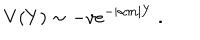
V ( Y ) \sim - v e ^ { - | \alpha m | Y } \ .